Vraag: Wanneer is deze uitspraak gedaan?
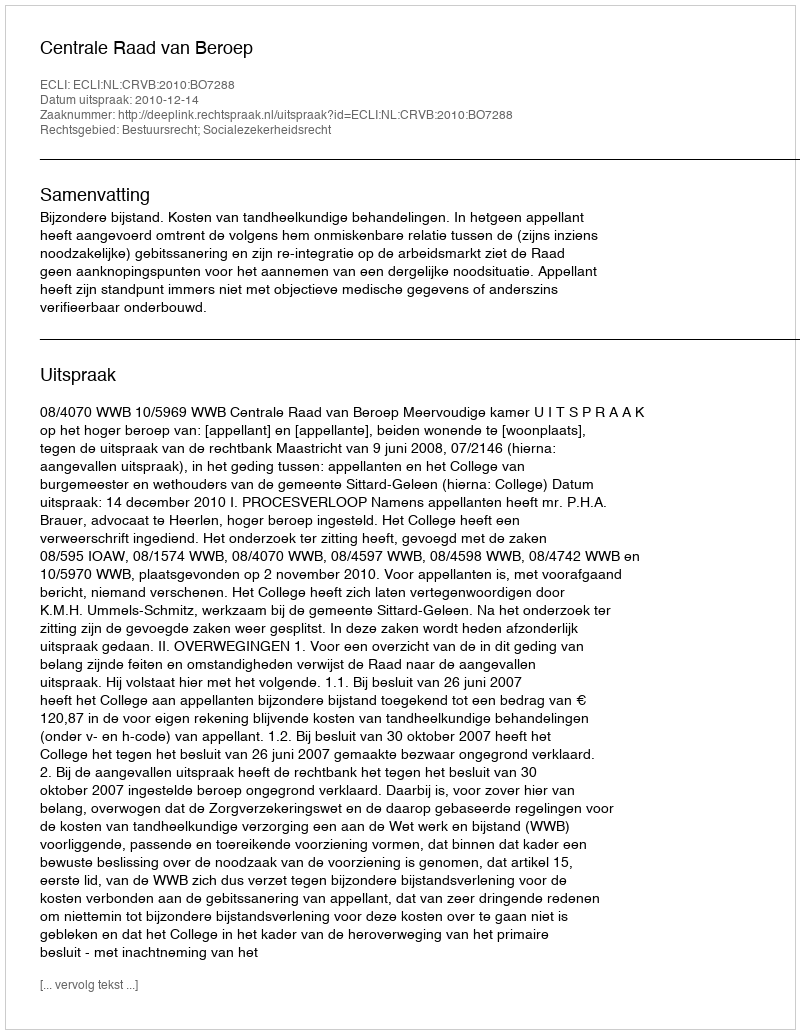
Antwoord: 2010-12-14